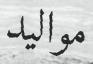
مواليد